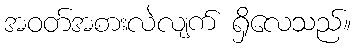
အဝတ်အစားလဲလျက် ရှိလေသည်။